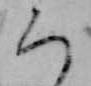
ち